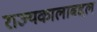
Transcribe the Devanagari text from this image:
राज्यकालाबद्दल